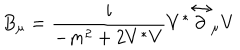
LaTeX: B _ { \mu } = \frac { i } { - m ^ { 2 } + 2 V ^ { * } V } V ^ { * } \stackrel \leftrightarrow \partial _ { \mu } V